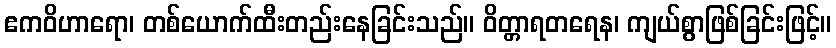
ဧကဝိဟာရော၊ တစ်ယောက်ထီးတည်းနေခြင်းသည်။ ဝိတ္တာရတရေန၊ ကျယ်စွာဖြစ်ခြင်းဖြင့်။